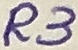
Text: R3